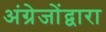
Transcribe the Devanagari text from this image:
अंग्रेजोंद्वारा